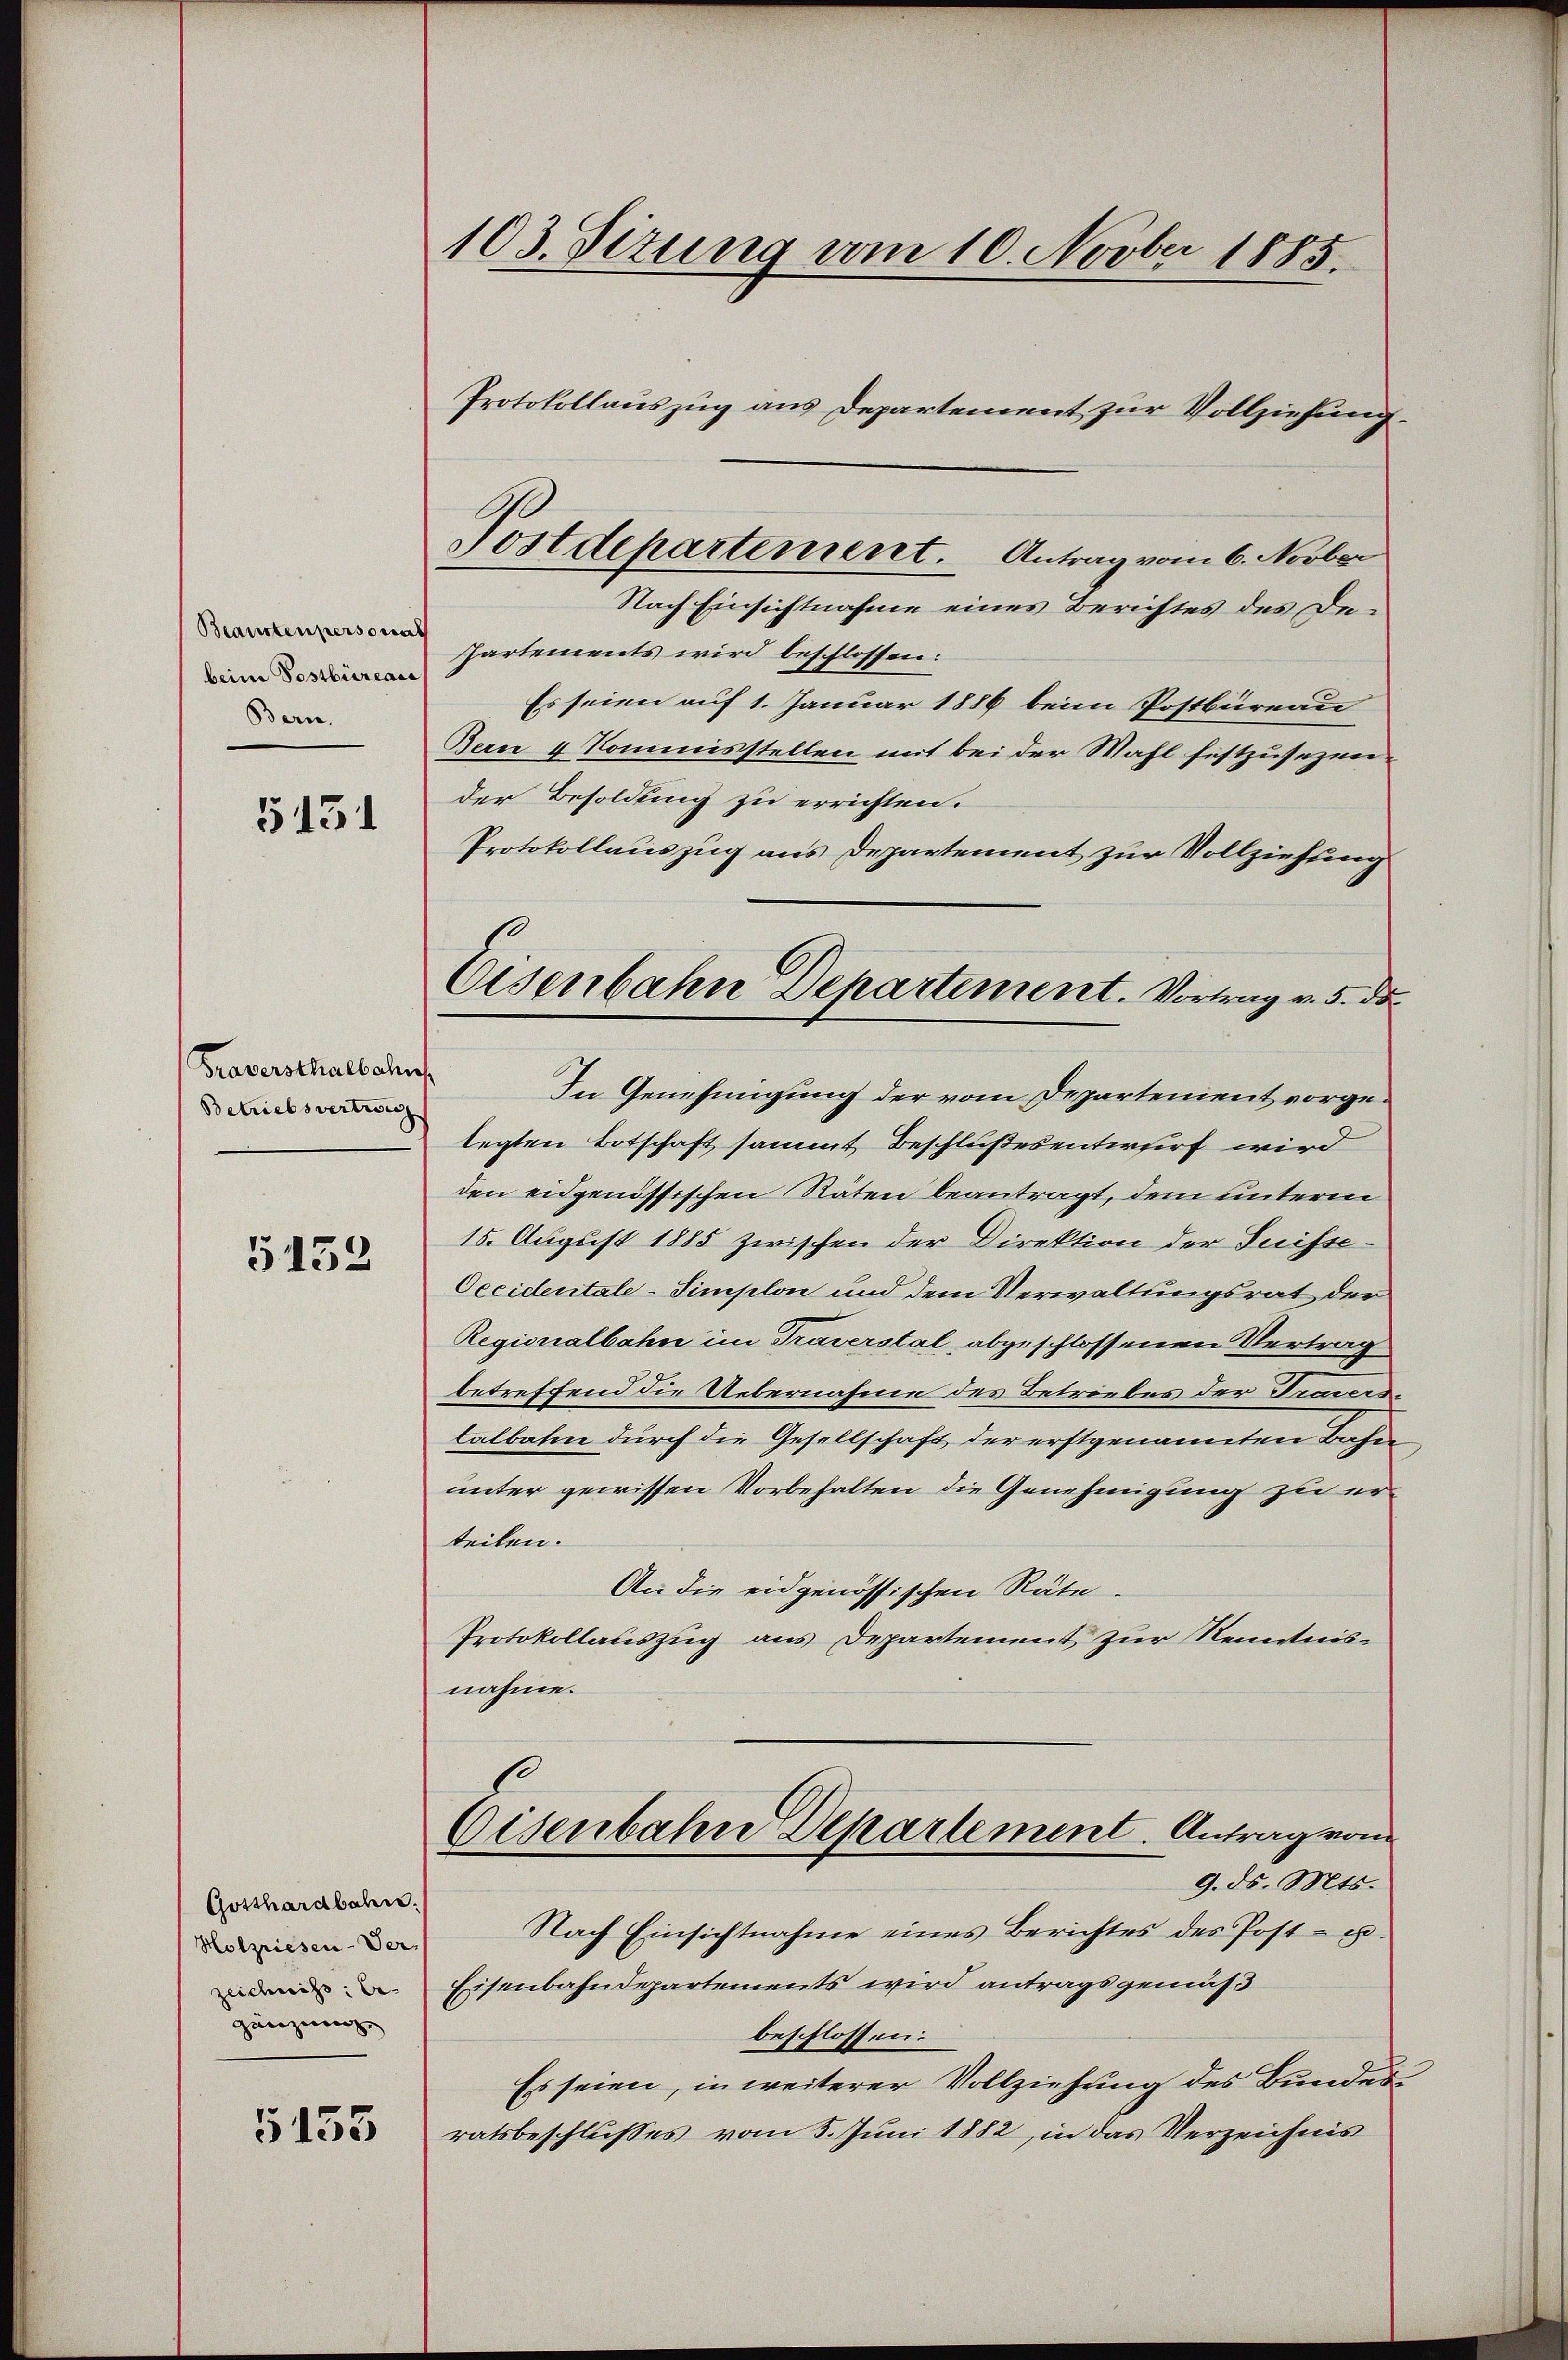
Beansten personat
beim Postbüreau
Bern.

5131

Traversthalbahn
Betriebsvertrag

5152

Gotthardbahn.
Holzriesen-Ver
zeichnis: Be-
gänzung,

5153

103. Sizung vom 10. Novber 1885.
Protokollauszug aus Departement zur Vollziehung.

Postdepartement. Antrag vom 6. Novber

Nach Einsichtnahme eines Berichtes des Dehartements wird beschlossen:
Es seien auf 1. Januar 1886 beim Postbureau
Bern 4 Kommisstellen mit bei der Wahl festzusezen-
der Besoldung zu errichten.
Protokollauszug aus Departement zur Vollziehung
In Genehmigung der vom Departement vorgelegten Botschaft sammt Beschlußesentwurf wird
den eidgenössischen Räten beantragt, dem unterm
15. August 1885 zwischen der Direktion der Suisse¬
Oecidentale-Simplon und dem Verwaltungsrat der
Regionalbahn im Traverstal abgeschlossenen Vertrag
betreffend die Uebernahme des Betriebes der Freverse
talbahne durch die Gesellschaft der erstgenannten Bahn
unter gewissen Vorbehalten die Genehmigung zu erteilen.
An die eidgenössischen Räte.
Protokollauszug aus Departement zur Kenntnisnahme.
Eisenbahn Departement. Antrag vom
9. ds. Mts.
Nach Einsichtnahme eines Berichtes des Post- u.
Eisenbahndepartements wird antragsgemäß
beschlossen.
Es seien, in weiterer Vollziehung des Bundes
ratsbeschlusses vom 5. Juni 1882, in das Verzeichnis

Eisenbahn Departement. Vortrag v. 5. ds.